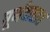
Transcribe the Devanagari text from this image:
घूर्णवातात